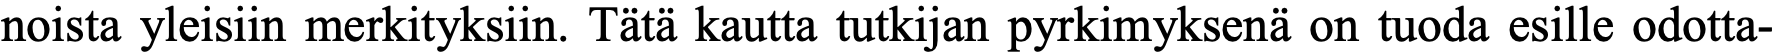
noista yleisiin merkityksiin. Tätä kautta tutkijan pyrkimyksenä on tuoda esille odotta-